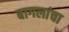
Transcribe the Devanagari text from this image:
बागलांचा